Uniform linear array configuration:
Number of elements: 8
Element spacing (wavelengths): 1
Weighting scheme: exponential
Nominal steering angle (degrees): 45
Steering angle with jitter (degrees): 45.882
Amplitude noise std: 0.05
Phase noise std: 0.05

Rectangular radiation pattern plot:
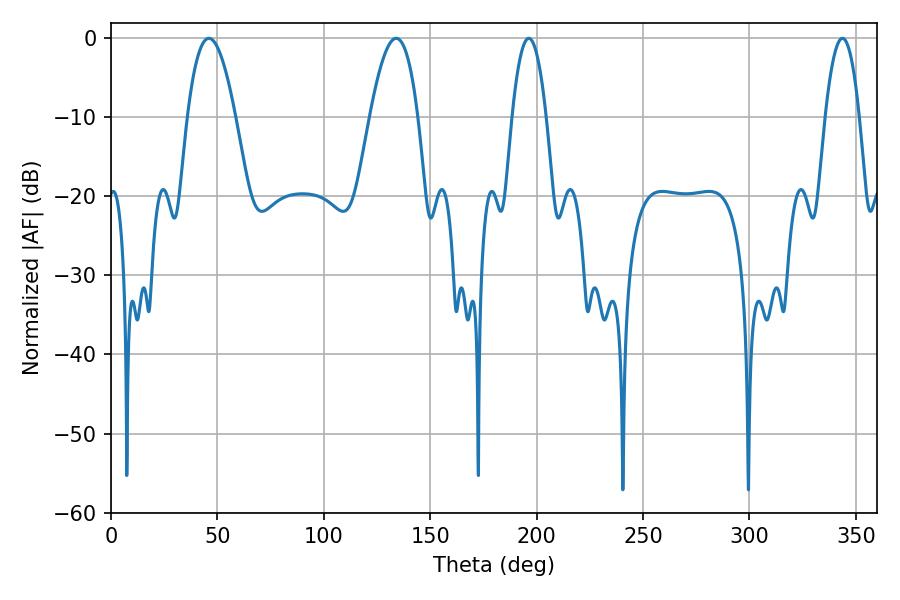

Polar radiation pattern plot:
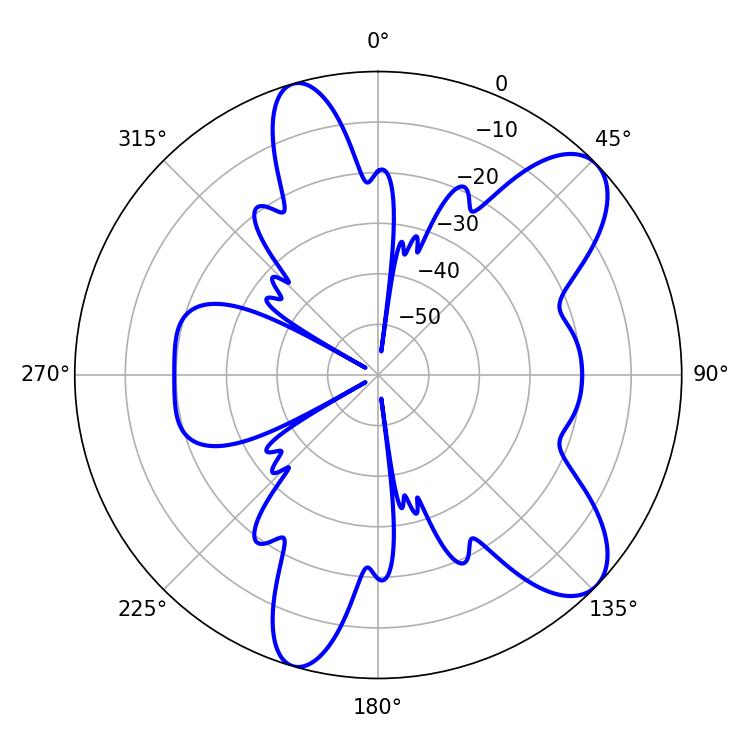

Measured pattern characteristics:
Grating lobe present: TRUE
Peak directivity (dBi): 9.147
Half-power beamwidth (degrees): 12.42
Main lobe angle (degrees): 46.08